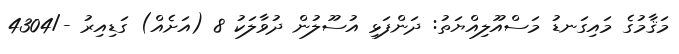
މަޤާމުގެ މައިގަނޑު މަސްއޫލިއްޔަތު: ދަންފަޅި އުސޫލުން ދުވާލަކު 8 (އަށެއް) ގަޑިއިރު -/4304